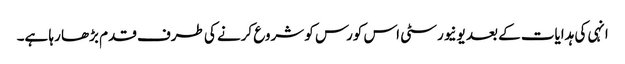
انہی کی ہدایات کے بعد یونیورسٹی اس کورس کو شروع کرنے کی طرف قدم بڑھا رہا ہے۔